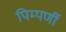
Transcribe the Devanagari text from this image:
पिम्पर्णी